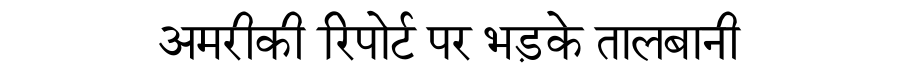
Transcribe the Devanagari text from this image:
अमरीकी रिपोर्ट पर भड़के तालबानी